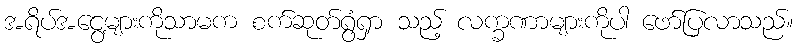
အရိပ်အငွေ့များကိုသာမက စက်ဆုတ်ရွံရှာ သည့် လက္ခဏာများကိုပါ ဖော်ပြလာသည်။